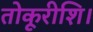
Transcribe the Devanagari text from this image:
तोकूरीशि।